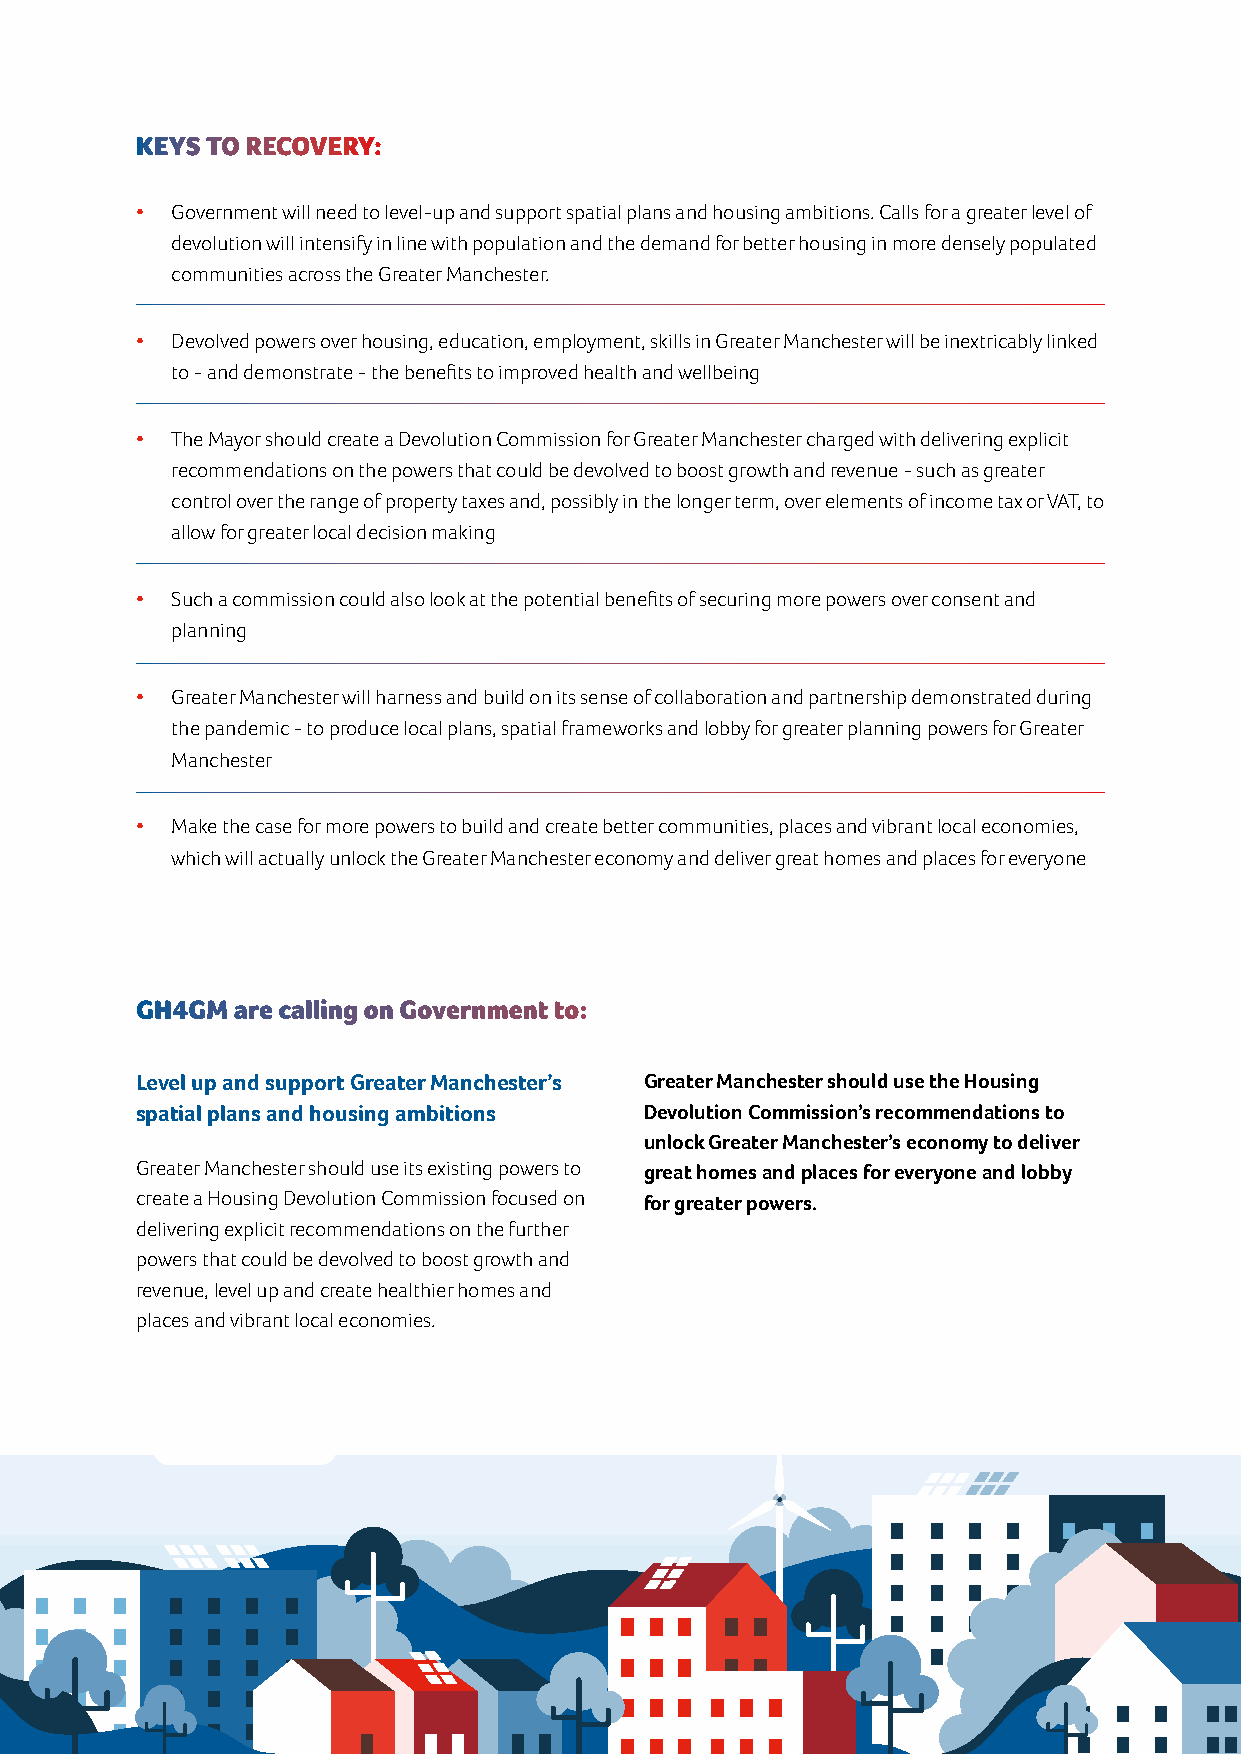
KEYS TO RECOVERY:
 • Government will need to level-up and support spatial plans and housing ambitions. Calls for a greater level of
 devolution will intensify in line with population and the demand for better housing in more densely populated
 communities across the Greater Manchester.
 • Devolved powers over housing, education, employment, skills in Greater Manchester will be inextricably linked
 to - and demonstrate - the benefits to improved health and wellbeing
 • The Mayor should create a Devolution Commission for Greater Manchester charged with delivering explicit
 recommendations on the powers that could be devolved to boost growth and revenue - such as greater
 control over the range of property taxes and, possibly in the longer term, over elements of income tax or VAT, to
 allow for greater local decision making
 • Such a commission could also look at the potential benefits of securing more powers over consent and
 planning
 • Greater Manchester will harness and build on its sense of collaboration and partnership demonstrated during
 the pandemic - to produce local plans, spatial frameworks and lobby for greater planning powers for Greater
 Manchester
 • Make the case for more powers to build and create better communities, places and vibrant local economies,
 which will actually unlock the Greater Manchester economy and deliver great homes and places for everyone
 GH4GM are calling on Government to:
 Level up and support Greater Manchester’s Greater Manchester should use the Housing
 spatial plans and housing ambitions Devolution Commission’s recommendations to
 unlock Greater Manchester’s economy to deliver
 Greater Manchester should use its existing powers to great homes and places for everyone and lobby
 create a Housing Devolution Commission focused on for greater powers.
 delivering explicit recommendations on the further
 powers that could be devolved to boost growth and
 revenue, level up and create healthier homes and
 places and vibrant local economies.